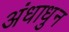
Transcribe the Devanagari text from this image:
अंधाधुन